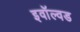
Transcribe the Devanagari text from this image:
इवॉल्वड